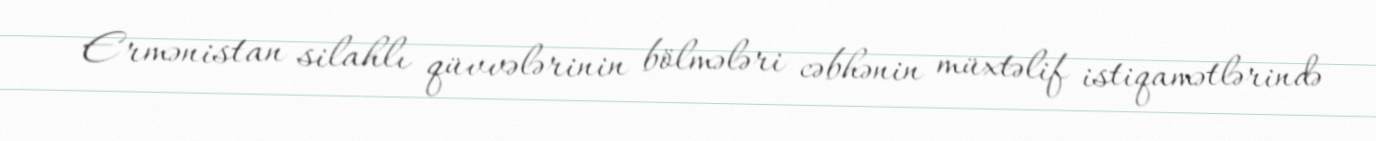
Ermənistan silahlı qüvvələrinin bölmələri cəbhənin müxtəlif istiqamətlərində